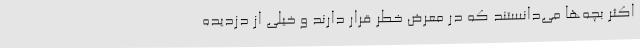
اکثر بچه‌ها می‌دانستند که در معرض خطر قرار دارند و خیلی از دزدیده